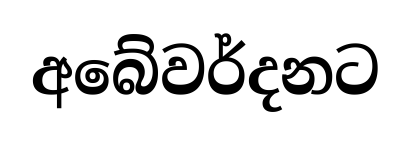
අබේවර්දනට